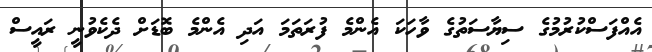
އެއްފަސްކުރުމުގެ ސިޔާސަތުގެ ވާހަކަ އެންމެ ފުރަތަމަ އަދި އެންމެ ބޮޑަށް ދެކެވުނީ ރައީސް